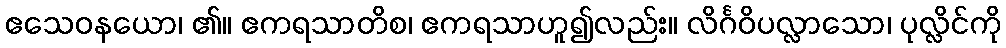
ဧသေဝနယော၊ ၏။ ဧကရသာတိစ၊ ဧကရသာဟူ၍လည်း။ လိင်္ဂဝိပလ္လာသော၊ ပုလ္လိင်ကို